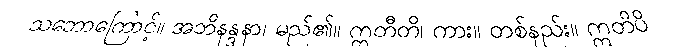
သဘောကြောင့်။ အဘိနန္ဒနာ၊ မည်၏။ ဣတီတိ၊ ကား။ တစ်နည်း။ ဣတိပိ